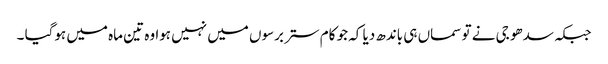
جبکہ سدھو جی نے تو سماں ہی باندھ دیا کہ جو کام ستر برسوں میں نہیں ہوا وہ تین ماہ میں ہوگیا ۔